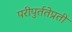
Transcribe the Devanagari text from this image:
परीपुर्ततेप्रती